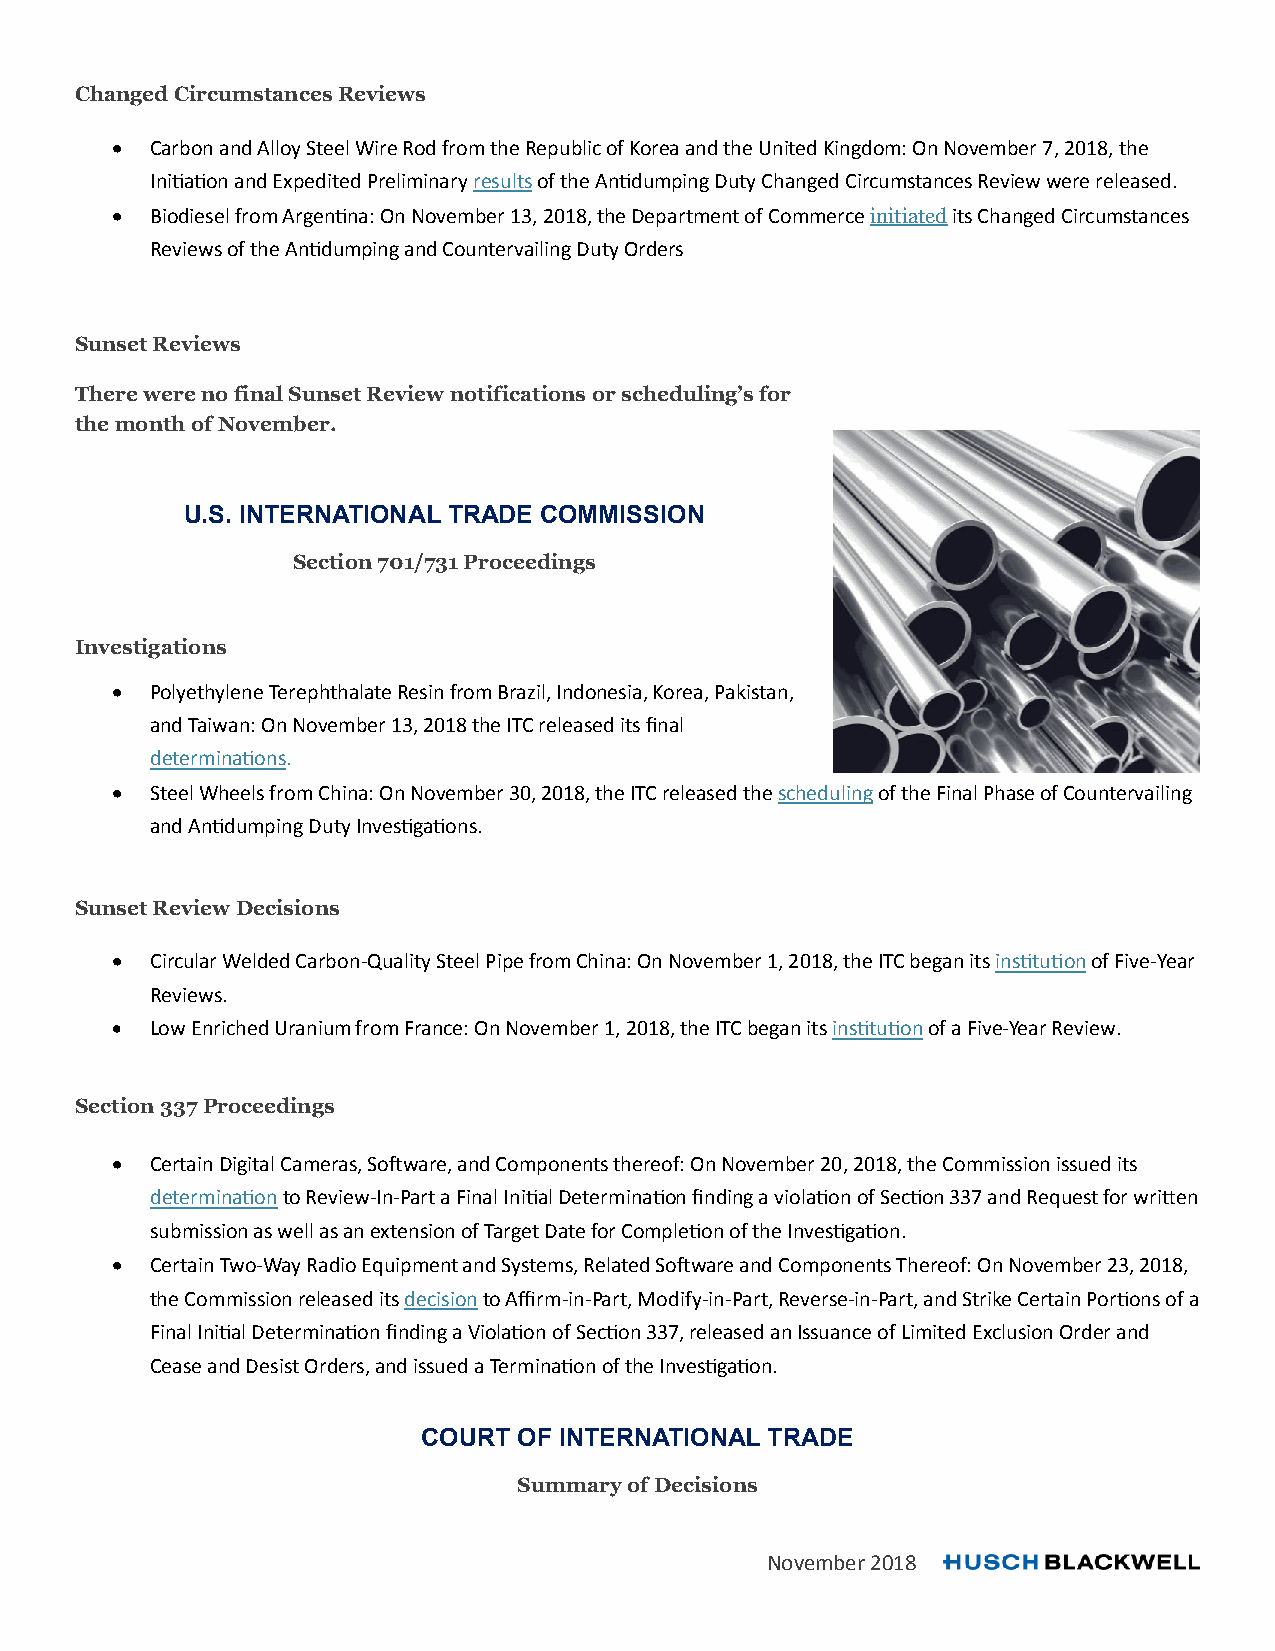
Changed Circumstances Reviews
   Carbon and Alloy Steel Wire Rod from the Republic of Korea and the United Kingdom: On November 7, 2018, the
 Initiation and Expedited Preliminary results of the Antidumping Duty Changed Circumstances Review were released.
   Biodiesel from Argentina: On November 13, 2018, the Department of Commerce initiated its Changed Circumstances
 Reviews of the Antidumping and Countervailing Duty Orders
 Sunset Reviews
 There were no final Sunset Review notifications or scheduling’s for
 the month of November.
 U.S. INTERNATIONAL TRADE COMMISSION
 Section 701/731 Proceedings
 Investigations
   Polyethylene Terephthalate Resin from Brazil, Indonesia, Korea, Pakistan,
 and Taiwan: On November 13, 2018 the ITC released its final
 determinations.
   Steel Wheels from China: On November 30, 2018, the ITC released the scheduling of the Final Phase of Countervailing
 and Antidumping Duty Investigations.
 Sunset Review Decisions
   Circular Welded Carbon-Quality Steel Pipe from China: On November 1, 2018, the ITC began its institution of Five-Year
 Reviews.
   Low Enriched Uranium from France: On November 1, 2018, the ITC began its institution of a Five-Year Review.
 Section 337 Proceedings
   Certain Digital Cameras, Software, and Components thereof: On November 20, 2018, the Commission issued its
 determination to Review-In-Part a Final Initial Determination finding a violation of Section 337 and Request for written
 submission as well as an extension of Target Date for Completion of the Investigation.
   Certain Two-Way Radio Equipment and Systems, Related Software and Components Thereof: On November 23, 2018,
 the Commission released its decision to Affirm-in-Part, Modify-in-Part, Reverse-in-Part, and Strike Certain Portions of a
 Final Initial Determination finding a Violation of Section 337, released an Issuance of Limited Exclusion Order and
 Cease and Desist Orders, and issued a Termination of the Investigation.
 COURT OF INTERNATIONAL TRADE
 Summary of Decisions
 November 2018